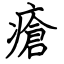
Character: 瘡